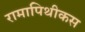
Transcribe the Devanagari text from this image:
रामापिथीकस